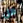
هل